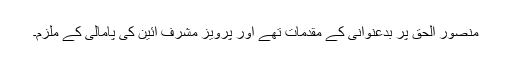
منصور الحق پر بدعنوانی کے مقدمات تھے اور پرویز مشرف آئین کی پامالی کے ملزم۔